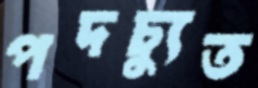
পদচ্যুত